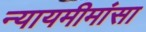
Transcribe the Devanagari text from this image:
न्यायमीमांसा